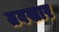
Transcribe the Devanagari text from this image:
तवखार